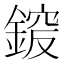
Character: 𨩵